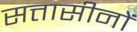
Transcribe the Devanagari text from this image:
सत्तासीनों